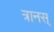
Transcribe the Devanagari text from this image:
त्रानस्